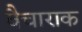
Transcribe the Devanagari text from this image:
वैचाराक